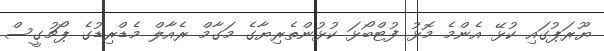
ޔޫރަޕުގައި ކުޅޭ އެންމެ މޮޅު ފުޓްބޯޅަ ކުޅުންތެރިޔާގެ މަގާމް ރެއާލް މެޑްރިޑުގެ ޕޯޗުގީސް